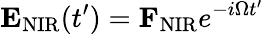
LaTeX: {\mathbf E}_{\mathrm{NIR}}(t^{\prime})={\mathbf F}_{\mathrm{NIR}}e^{-i\Omega t^{\prime}}